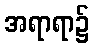
အရာရာ၌